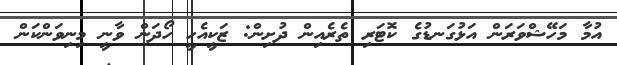
އުމާ މަހޭޝްވަރަން އަޅުގަނޑުގެ ކޮޓަރި ތެރެއިން ދުށިން: ޒަކީއެހީ ހޯދަން ވާނީ މިނިވަންކަން